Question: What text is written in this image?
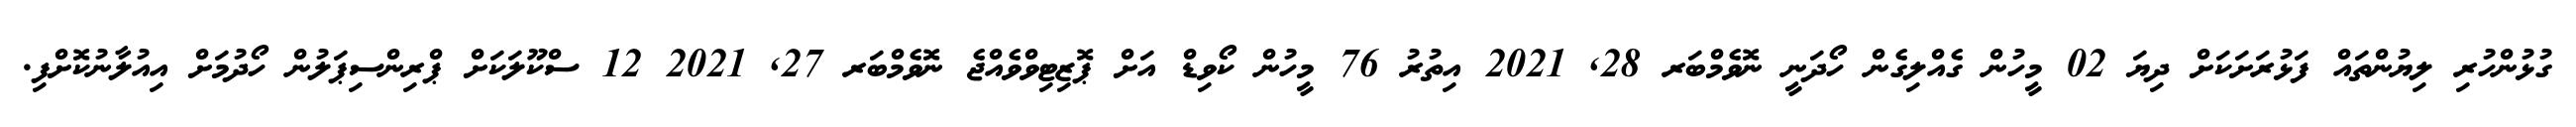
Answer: ގުޅުންހުރި ލިޔުންތައް ފަޅުރަށަކަށް ދިޔަ 02 މީހުން ގެއްލިގެން ހޯދަނީ ނޮވެމްބަރ 28, 2021 އިތުރު 76 މީހުން ކޯވިޑް އަށް ޕޮޒިޓިވްވެއްޖެ ނޮވެމްބަރ 27, 2021 12 ސްކޫލަކަށް ޕްރިންސިޕަލުން ހޯދުމަށް އިއުލާނުކޮށްފި.